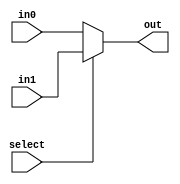
module mux_2_65bit(out, select, in0, in1);
	input select;
	input [64:0] in0, in1;
	output [64:0] out;
	assign out = select ? in1 : in0;
endmodule